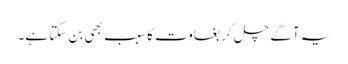
یہ آگے چل کر بغاوت کا سبب بھی بن سکتا ہے۔